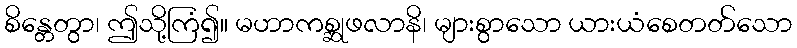
စိန္တေတွာ၊ ဤသို့ကြံ၍။ မဟာကစ္ဆုဖလာနိ၊ များစွာသော ယားယံစေတတ်သော